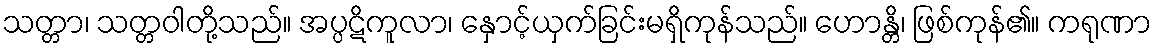
သတ္တာ၊ သတ္တဝါတို့သည်။ အပ္ပဋိကူလာ၊ နှောင့်ယှက်ခြင်းမရှိကုန်သည်။ ဟောန္တိ၊ ဖြစ်ကုန်၏။ ကရုဏာ